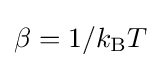
\beta =1/k_{\text{B}}T